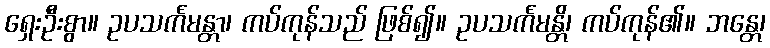
ရှေးဦးစွာ။ ဥပသင်္ကမန္တာ၊ ကပ်ကုန်သည် ဖြစ်၍။ ဥပသင်္ကမန္တိ၊ ကပ်ကုန်၏။ ဘန္တေ၊